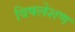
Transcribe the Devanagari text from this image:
विषलेशण